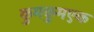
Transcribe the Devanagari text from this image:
कुमकुमएक